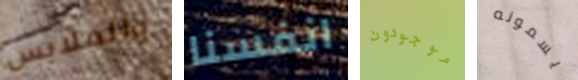
والملابس انفسنا موجودون يسمونه